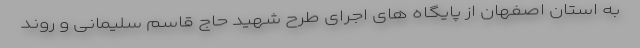
به استان اصفهان از پایگاه های اجرای طرح شهید حاج قاسم سلیمانی و روند